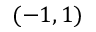
( - 1 , 1 )